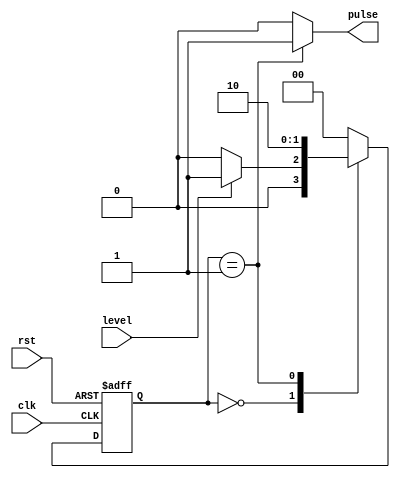
`timescale 1ns / 1ps
//////////////////////////////////////////////////////////////////////////////////
// Company: 
// Engineer: 
// 
// Design Name: 
// Module Name:    GrayCounter_Nbit_Pulse 
// Project Name: 
// Target Devices: 
// Tool versions: 
// Description: This FSM converts an input level signal to a single-cycle pulse. 
//
// Dependencies: 
//
// Revision: 
// Revision 0.01 - File Created
// Additional Comments: 
//
//////////////////////////////////////////////////////////////////////////////////
module GrayCounter_Pulse(input clk, input rst, input level, output reg pulse);

   reg [1:0] state;
   reg [1:0] nextstate;
   parameter S0 = 2'b00;
   parameter S1 = 2'b01;
   parameter S2 = 2'b10;
   
   // Compute next state of the FSM 
  always @(state, level)
      begin
			case(state)
				S0:
						begin
                            if (!level)begin
                                pulse = 0;
                                nextstate = S0;
                            end
                            else begin
                                pulse = 0;
                                nextstate = S1;
                            end
						end
				S1:
						begin
							pulse = 1;
							nextstate = S2;
						end
				S2:
						begin
							pulse = 0;
							nextstate = S0;
						end
				default:
				        begin
				            pulse = 0;
				            nextstate = S0;
				        end
			endcase
      end
	  
	  // Set the new state 
	always @(posedge clk, posedge rst)
			begin
				if(rst == 1'b1)
					state <= 2'b0;
				else
					state <= nextstate;
            end
endmodule